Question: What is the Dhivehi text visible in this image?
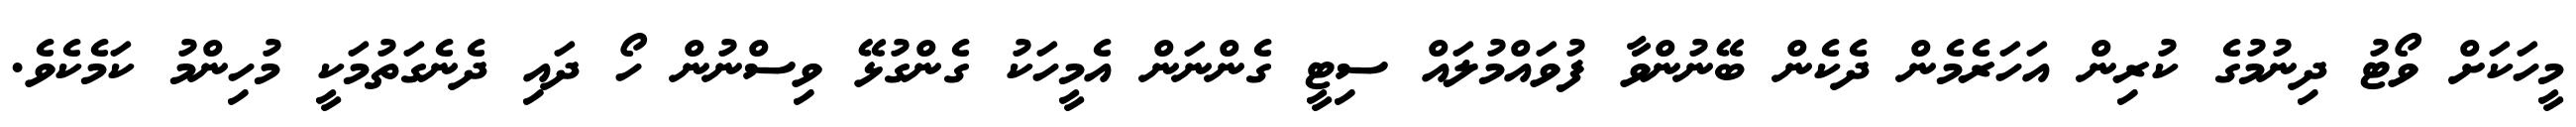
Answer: މީހަކަށް ވޯޓު ދިނުމުގެ ކުރިން އަހަރެމެން ދެކެން ބޭނުންވާ ފުވައްމުލައް ސިޓީ ގެންނަން އެމީހަކު ގެންގުޅޭ ވިސްނުން ހޯ ދައި ދެނެގަތުމަކީ މުހިންމު ކަމެކެވެ.